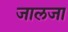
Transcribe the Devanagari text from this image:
जालजा